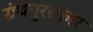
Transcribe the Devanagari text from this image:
ग्रंथपुरस्कार